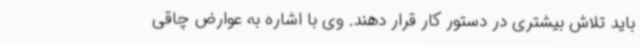
باید تلاش بیشتری در دستور کار قرار دهند. وی با اشاره به عوارض چاقی